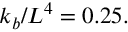
k _ { b } / L ^ { 4 } = 0 . 2 5 .